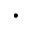
\cdot